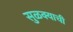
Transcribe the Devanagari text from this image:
सुळक्याची